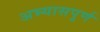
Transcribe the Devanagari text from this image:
अभ्यासपुर्ण